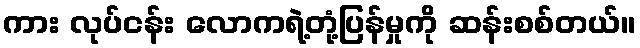
ကား လုပ်ငန်း လောကရဲ့တုံ့ပြန်မှုကို ဆန်းစစ်တယ်။